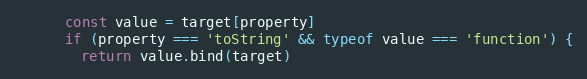
Language: JavaScript
      const value = target[property]
      if (property === 'toString' && typeof value === 'function') {
        return value.bind(target)